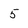
Character: 5